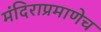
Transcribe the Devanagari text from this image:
मंदिराप्रमाणेच